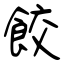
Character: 餃